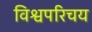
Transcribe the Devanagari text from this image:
विश्वपरिचय